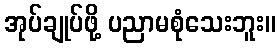
အုပ်ချုပ်ဖို့ ပညာမစုံသေးဘူး။